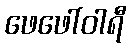
ဖေဖေါ်ဝါရီ